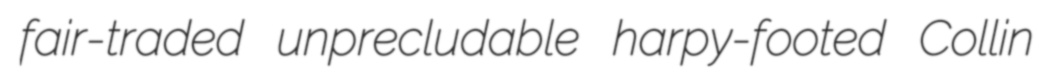
fair-traded unprecludable harpy-footed Collin